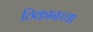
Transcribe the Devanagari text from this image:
ठिकानच्या